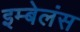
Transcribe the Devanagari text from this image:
इम्बेलंस